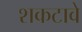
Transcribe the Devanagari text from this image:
शकटावे